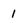
Character: 1